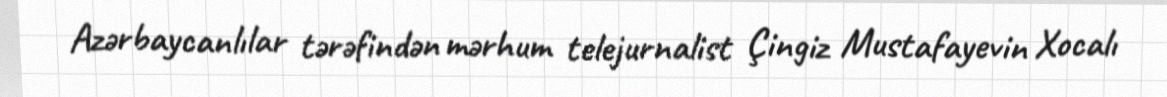
Azərbaycanlılar tərəfindən mərhum telejurnalist Çingiz Mustafayevin Xocalı